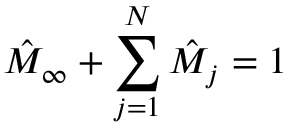
\hat { M } _ { \infty } + \sum _ { j = 1 } ^ { N } \hat { M } _ { j } = 1